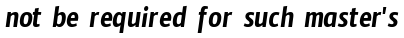
not be required for such master's